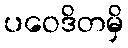
ပဝေဒိတမှိ